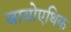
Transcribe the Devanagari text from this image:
बायोएथिक